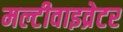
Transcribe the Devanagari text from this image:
मल्टीवाइव्रेटर